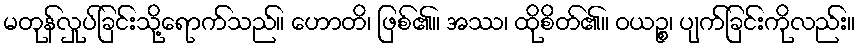
မတုန်လှုပ်ခြင်းသို့ရောက်သည်။ ဟောတိ၊ ဖြစ်၏။ အဿ၊ ထိုစိတ်၏။ ဝယဉ္စ၊ ပျက်ခြင်းကိုလည်း။